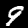
Label: 9